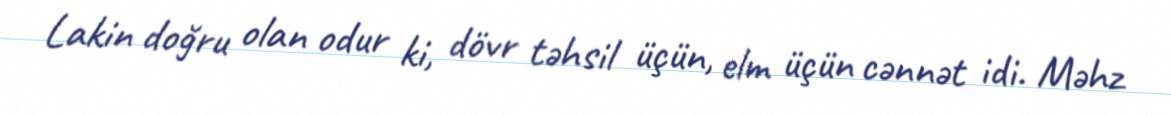
Lakin doğru olan odur ki, dövr təhsil üçün, elm üçün cənnət idi. Məhz